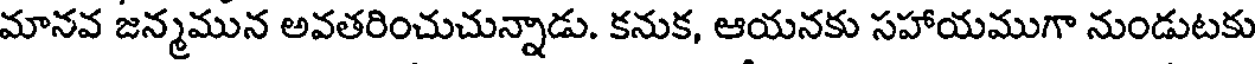
మానవ జన్మమున అవతరించుచున్నాడు. కనుక, ఆయనకు సహాయముగా నుండుటకు